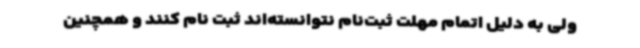
ولی به دلیل اتمام مهلت ثبت‌نام نتوانسته‌اند ثبت نام کنند و همچنین